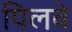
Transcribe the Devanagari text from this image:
पिलवे